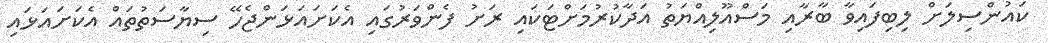
ކައުންސިލަށް ލިބިފައިވާ ބާރާއި މަސްއޫލިއްޔަތު އަދާކުރުމަށްޓަކައި ރަށު ފެންވަރުގައި އެކަށައަޅަންޖެހޭ ސިޔާސަތުތައް އެކަށައަޅައި